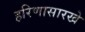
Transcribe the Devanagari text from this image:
हरिणासारखे